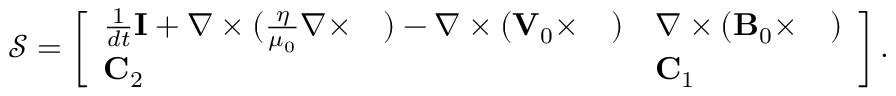
\begin{array} { r } { \mathcal { S } = \left[ \begin{array} { l l } { \frac { 1 } { d t } \mathbf { I } + \nabla \times ( \frac { \eta } { \mu _ { 0 } } \nabla \times \quad ) - \nabla \times ( { \mathbf V } _ { 0 } \times \quad ) } & { \nabla \times ( { \mathbf B } _ { 0 } \times \quad ) } \\ { \mathbf { C } _ { 2 } } & { \mathbf { C } _ { 1 } } \end{array} \right] . } \end{array}